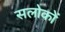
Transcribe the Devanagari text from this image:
सलोकों